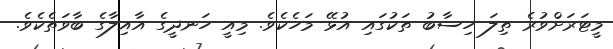
މީޓަރަށްވުރެ ތިލަ ހިސާބު ތަކުގައި އުޅޭ މަހެކެވެ. މިއީ ހަނދީގެ އާއިލާގެ ބާވަތެކެވެ.